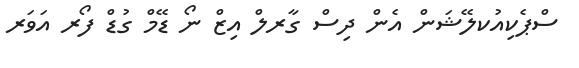
ސްޕެކިއުކލޭޝަން އެން ދިސް ގާރލް އިޒް ނޯ ޑޭމް ގުޑް ފޯރ އަވަރ